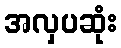
အလှပဆုံး